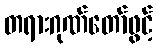
တရားဂုဏ်တော်ဖွင့်